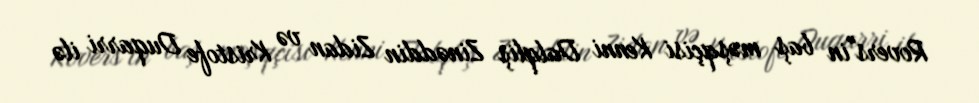
Rovers"in baş məşqçisi Kenni Dalqliş Zinəddin Zidan və Kristofe Duqarri ilə